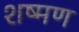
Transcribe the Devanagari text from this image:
शष्मण